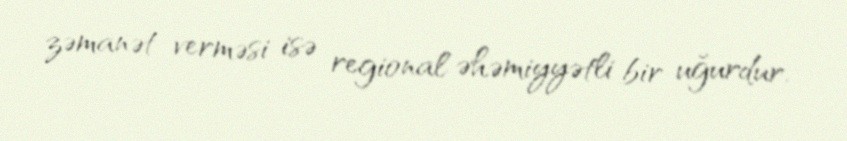
zəmanət verməsi isə regional əhəmiyyətli bir uğurdur.